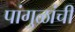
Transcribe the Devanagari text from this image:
पांगुळांची